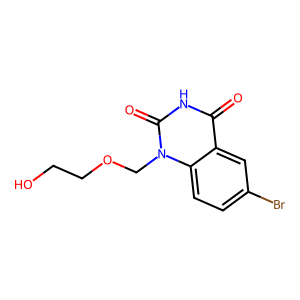
SMILES: O=c1[nH]c(=O)n(COCCO)c2ccc(Br)cc12
Inhibits HIV replication: No